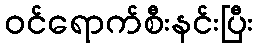
ဝင်ရောက်စီးနင်းပြီး